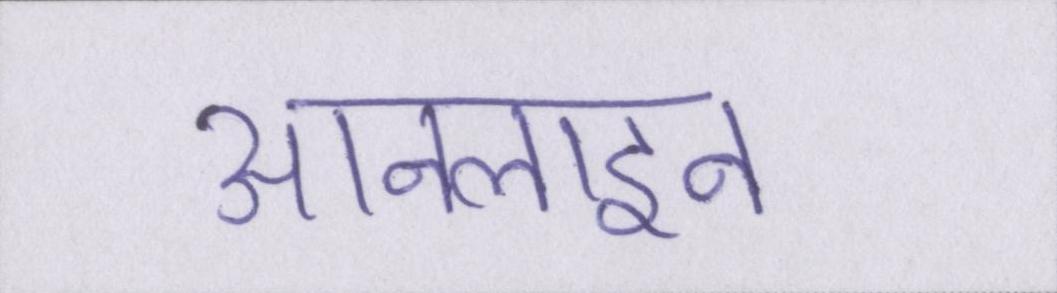
आनलाइन